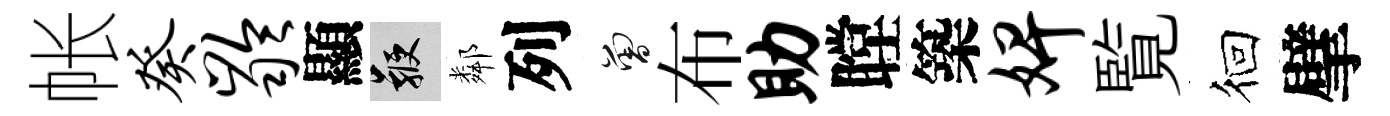
帐癸龄顯鞭鄰列曾布助瞠築婢覧徊擘